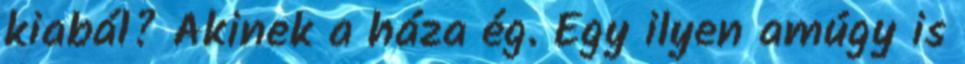
kiabál? Akinek a háza ég. Egy ilyen amúgy is